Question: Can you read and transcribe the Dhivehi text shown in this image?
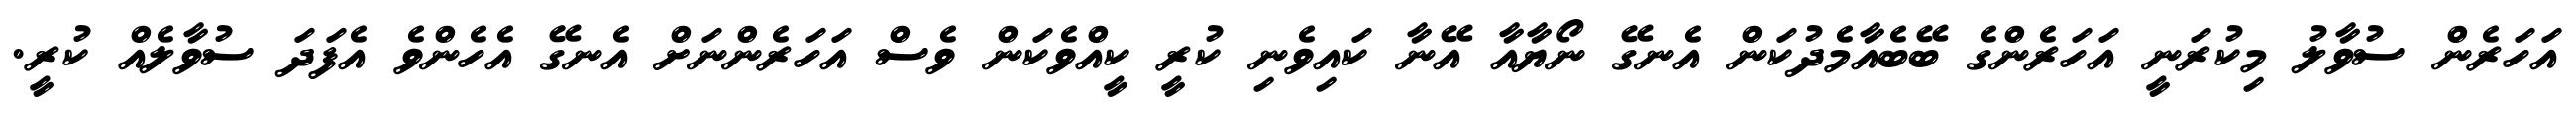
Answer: އަހަރެން ސުވާލު މިކުރަނީ އަހަރެންގެ ބޭބެއާމެދުކަން އެނގޭ ނޯޔާއާ އޭނާ ކައިވެނި ކުރީ ކީއްވެކަން ވެސް އަހަރެންނަށް އެނގޭ އެހެންވެ އެފަދަ ސުވާލެއް ކުރީ.